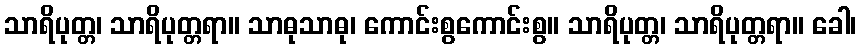
သာရိပုတ္တ၊ သာရိပုတ္တရာ။ သာဓုသာဓု၊ ကောင်းစွကောင်းစွ။ သာရိပုတ္တ၊ သာရိပုတ္တရာ။ ခေါ၊